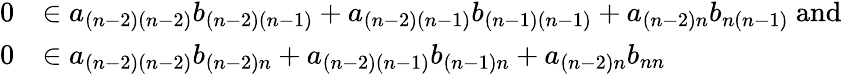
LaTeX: \begin{array}{rl}{0}&{\in a_{(n-2)(n-2)}b_{(n-2)(n-1)}+a_{(n-2)(n-1)}b_{(n-1)(n-1)}+a_{(n-2)n}b_{n(n-1)}\mathrm{~and~}}\\ {0}&{\in a_{(n-2)(n-2)}b_{(n-2)n}+a_{(n-2)(n-1)}b_{(n-1)n}+a_{(n-2)n}b_{nn}}\end{array}